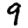
Digit: 9